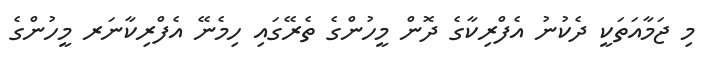
މި ޖަމާއަތަކީ ދެކުނު އެފްރިކާގެ ދޮން މީހުންގެ ތެރޭގައި ހިމެނޭ އެފްރިކާނަރ މީހުންގެ